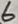
Text: 6